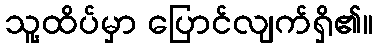
သူ့ထိပ်မှာ ပြောင်လျက်ရှိ၏။